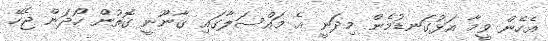
އެހެން ވީމާ އަޅުގަނޑުމެން މިދަނީ އެ މައްސަލާގައި ގާނޫނީ ގޮތުން ހޯދަން ޖެހޭ